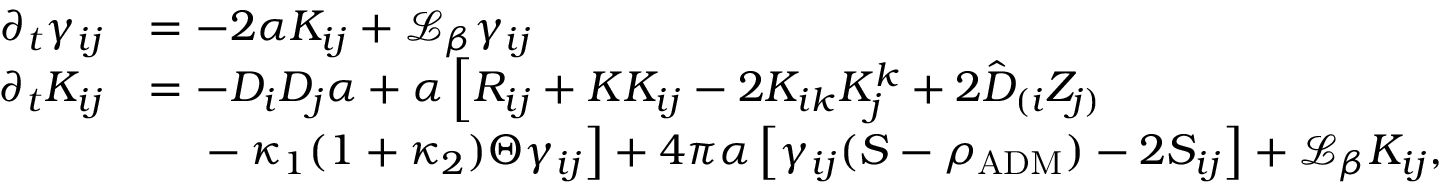
\begin{array} { r l } { \partial _ { t } \gamma _ { i j } } & { = - 2 \alpha K _ { i j } + \mathcal { L } _ { \beta } \gamma _ { i j } } \\ { \partial _ { t } K _ { i j } } & { = - D _ { i } D _ { j } \alpha + \alpha \left[ R _ { i j } + K K _ { i j } - 2 K _ { i k } K _ { j } ^ { k } + 2 \hat { D } _ { ( i } Z _ { j ) } \right. } \\ & { \, \left. \phantom { \hat { D } } - \kappa _ { 1 } ( 1 + \kappa _ { 2 } ) \Theta \gamma _ { i j } \right] + 4 \pi \alpha \left[ \gamma _ { i j } ( S - \rho _ { \mathrm { A D M } } ) - 2 S _ { i j } \right] + \mathcal { L } _ { \beta } K _ { i j } , } \end{array}